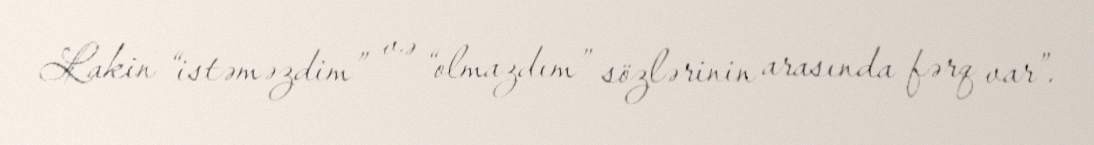
Lakin “istəməzdim” və “olmazdım” sözlərinin arasında fərq var”.